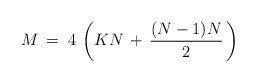
LaTeX: \begin{align*} M\,=\;4\,\left(KN\,+\,\frac{(N-1)N}{2}\,\right)\end{align*}